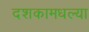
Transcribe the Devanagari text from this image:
दशकामधल्या